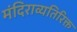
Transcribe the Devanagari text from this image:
मंदिराव्यतिरिक्त